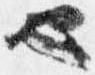
也